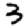
Digit: 3